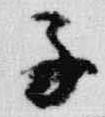
子